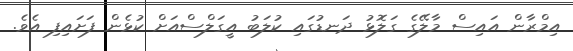
އިމްރާން އައިސް މާލޭގެ ގަލޮޅު ދަނޑުގައި ކުލަބު އީގަލްސްއަށް ކުޅެން ފަށައިފި އެވެ.